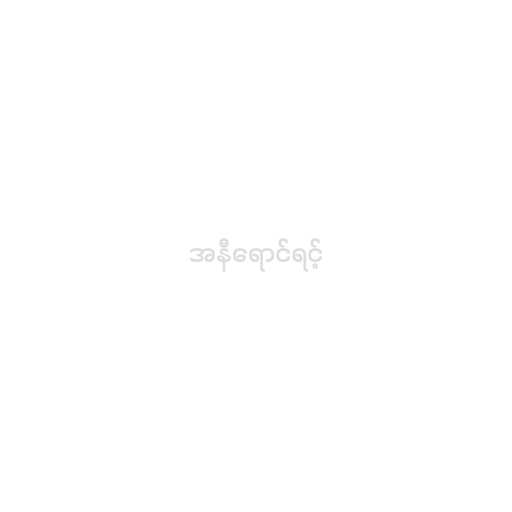
အနီရောင်ရင့်